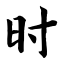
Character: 时